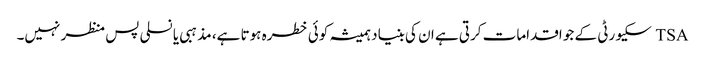
TSA سکیورٹی کے جو اقدامات کرتی ہے ان کی بنیاد ہمیشہ کوئی خطرہ ہوتا ہے، مذہبی یا نسلی پس منظر نہیں۔